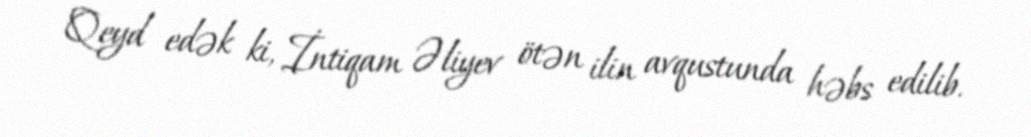
Qeyd edək ki, İntiqam Əliyev ötən ilin avqustunda həbs edilib.